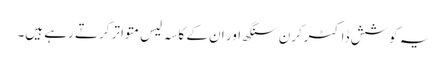
یہ کوشش ڈاکٹرکرن سنگھ اور ان کے کاسہ لیس متواتر کرتے رہے ہیں۔